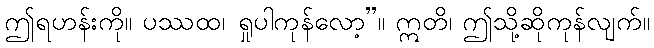
ဤရဟန်းကို။ ပဿထ၊ ရှုပါကုန်လော့”။ ဣတိ၊ ဤသို့ဆိုကုန်လျက်။